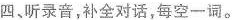
四、听录音,补全对话,每空一词。